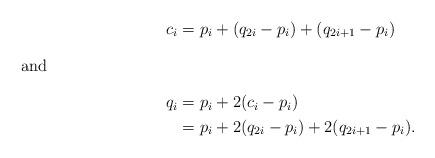
LaTeX: \begin{align*}c_i &=p_i+(q_{2i}-p_i)+(q_{2i+1}-p_i) \\\intertext{and}q_i &= p_i+2(c_i-p_i)\\&= p_i+2(q_{2i}-p_i)+2(q_{2i+1}-p_i).\end{align*}